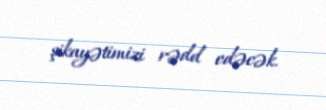
şikayətimizi rədd edəcək.